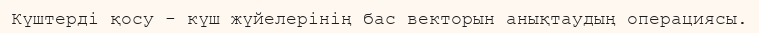
Күштерді қосу - күш жүйелерінің бас векторын анықтаудың операциясы.